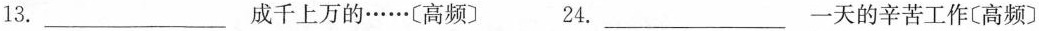
13.___成千上万的……〔高频〕 24.___一天的辛苦工作〔高频〕